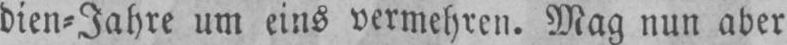
um eins vermehren. Mag nun aber